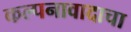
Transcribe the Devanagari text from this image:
कल्पनावादाचा